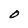
Character: O